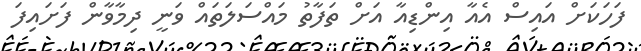
ފަހަކަށް އައިސް އެއާ އިންޑިއާ އަށް ތަފާތު މައްސަލަތައް ވަނީ ދިމާވާން ފަށައިފަ